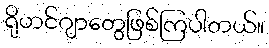
ရိုဟင်ဂျာတွေဖြစ်ကြပါတယ်။